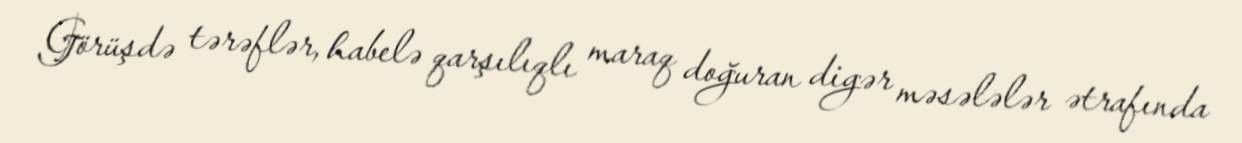
Görüşdə tərəflər, habelə qarşılıqlı maraq doğuran digər məsələlər ətrafında